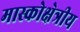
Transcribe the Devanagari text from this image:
मास्कोक्षेत्रीय